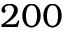
2 0 0